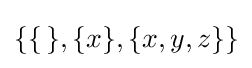
\{\{\,\},\{x\},\{x,y,z\}\}